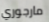
مارجوري